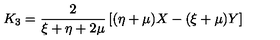
K _ { 3 } = \frac { 2 } { \xi + \eta + 2 \mu } \left[ ( \eta + \mu ) X - ( \xi + \mu ) Y \right]